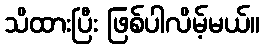
သိထားပြီး ဖြစ်ပါလိမ့်မယ်။